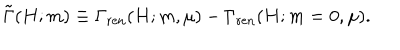
LaTeX: \tilde { \Gamma } ( H ; m ) \equiv \Gamma _ { \mathrm { r e n } } ( H ; m , \mu ) - \Gamma _ { \mathrm { r e n } } ( H ; m = 0 , \mu ) .